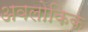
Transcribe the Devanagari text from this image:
अवलोकिक